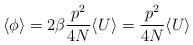
LaTeX: \begin{align*}\langle \phi \rangle = 2\beta \frac{p^2}{4N} \langle U \rangle = \frac{p^2}{4N} \langle U \rangle\end{align*}